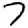
Digit: 7